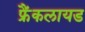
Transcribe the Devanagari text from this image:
फ्रैंकलायड